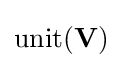
\mathrm {unit} (\mathbf {V} )